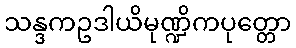
သန္ဒကဥဒါယိမုဏ္ဍိကပုတ္တော